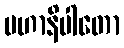
မဟာနိပါတော